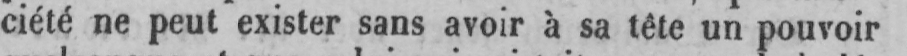
ciété ne peut exister sans avoir à sa tête un pouvoir